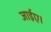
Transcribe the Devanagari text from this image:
जाईए।